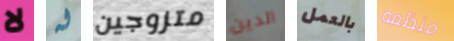
لا له متزوجين الدين بالعمل منظمه